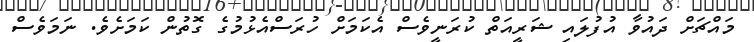
މައްޗަށް ދައުވާ އުފުލައި ޝަރީއަތް ކުރަނީވެސް އެކަމަށް ހުރަސްއެޅުމުގެ ގޮތުން ކަމަށެވެ. ނަމަވެސް